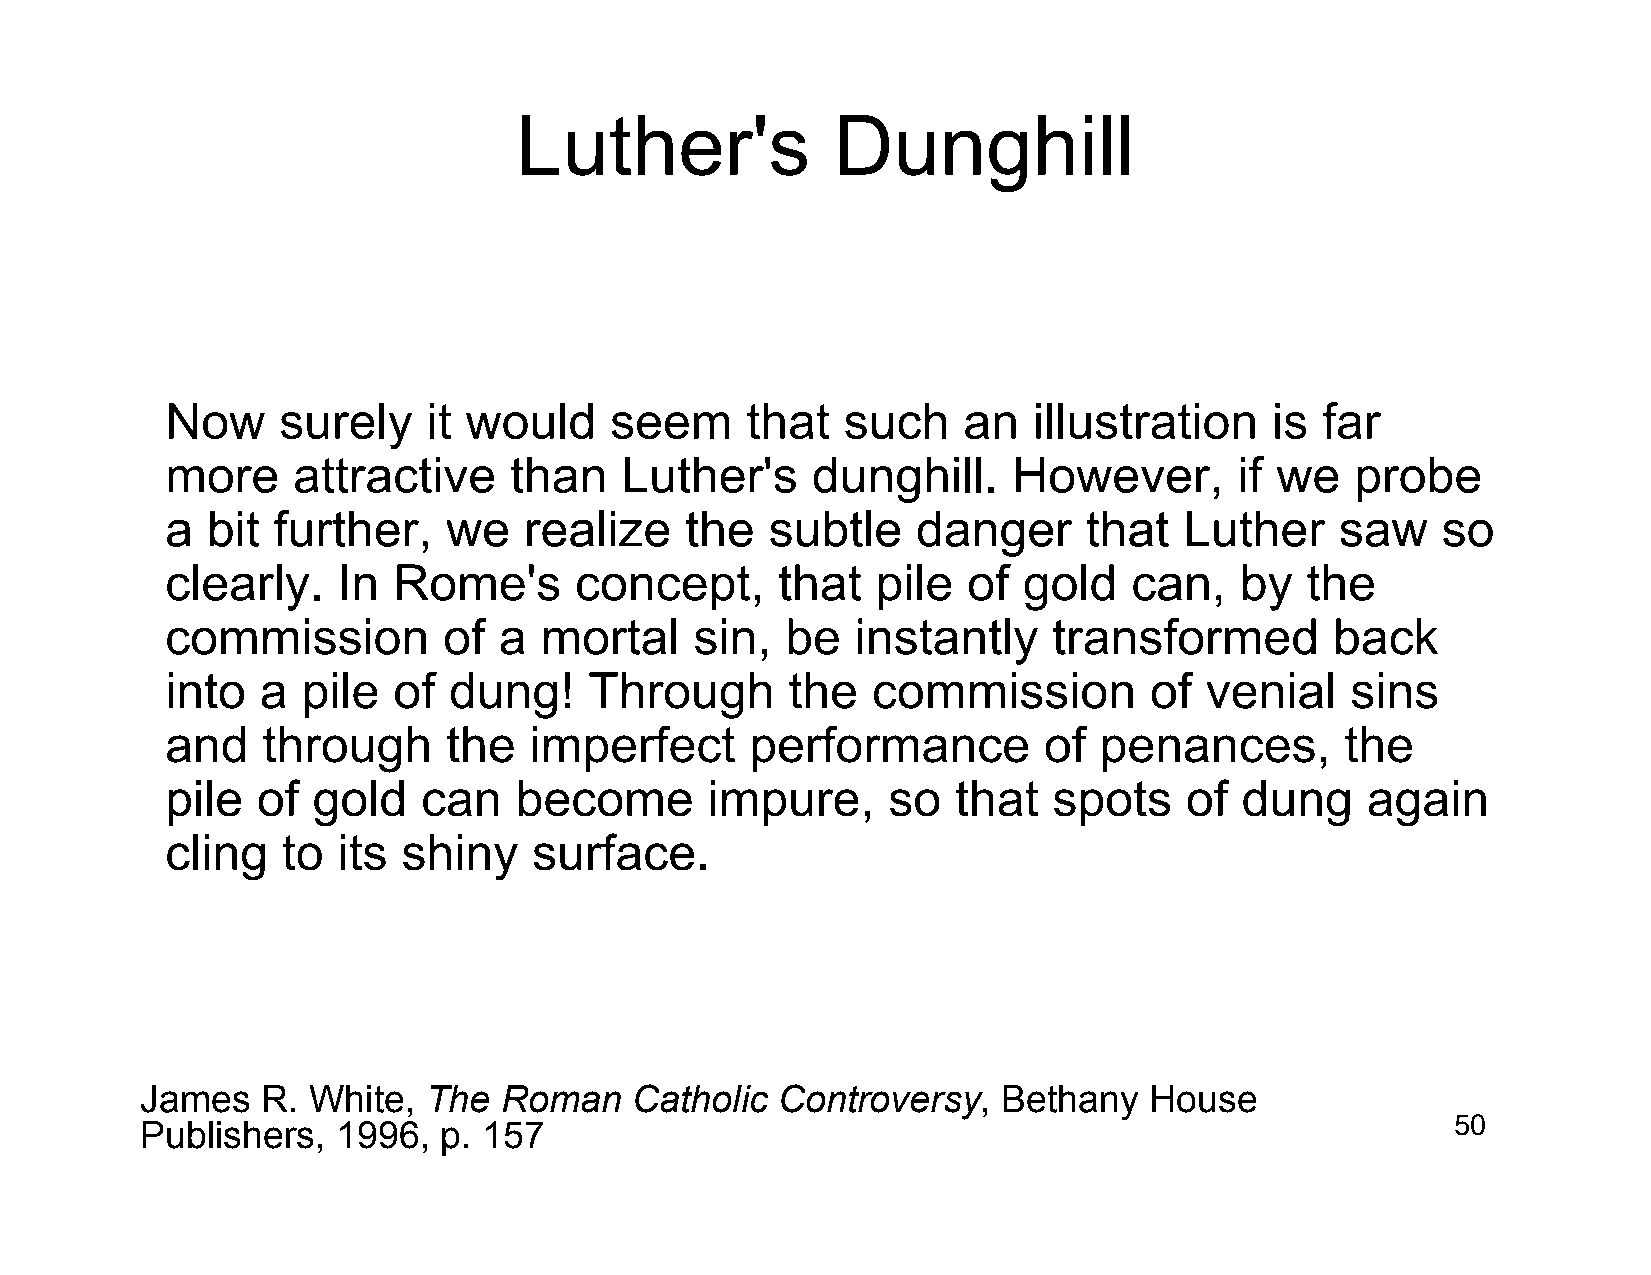
Luther's             Dunghill
 Now    surely    it would    seem     that   such    an  illustration    is far
 more    attractive     than   Luther's     dunghill.    However,       if we   probe
 a  bit further,    we   realize   the   subtle    danger     that  Luther     saw   so
 clearly.   In  Rome's      concept,     that   pile  of  gold   can,   by  the
 commission        of  a  mortal    sin,  be   instantly    transformed       back
 into  a  pile  of  dung!    Through      the   commission        of  venial   sins
 and   through      the  imperfect      performance        of  penances,       the
 pile  of  gold   can   become       impure,     so  that   spots   of  dung    again
 cling   to its  shiny   surface.
 James   R. White,  The  Roman    Catholic Controversy,   Bethany   House
 Publishers,  1996,  p. 157                                                             50